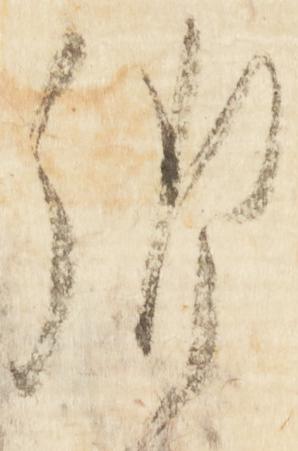
御